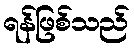
ရန်ဖြစ်သည်